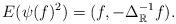
LaTeX: \begin{align*}E(\psi(f)^2) = (f,-\Delta_\mathbb{R}^{-1}f).\end{align*}